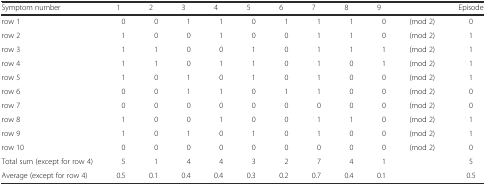
<table><thead><tr><td><b>Symptom number</b></td><td><b>1</b></td><td><b>2</b></td><td><b>3</b></td><td><b>4</b></td><td><b>5</b></td><td><b>6</b></td><td><b>7</b></td><td><b>8</b></td><td><b>9</b></td><td></td><td><b>Episode</b></td></tr></thead><tbody><tr><td>row 1</td><td>0</td><td>0</td><td>1</td><td>1</td><td>0</td><td>1</td><td>1</td><td>1</td><td>0</td><td>(mod 2)</td><td>0</td></tr><tr><td>row 2</td><td>1</td><td>0</td><td>0</td><td>1</td><td>0</td><td>0</td><td>1</td><td>1</td><td>0</td><td>(mod 2)</td><td>1</td></tr><tr><td>row 3</td><td>1</td><td>1</td><td>0</td><td>0</td><td>1</td><td>0</td><td>1</td><td>1</td><td>1</td><td>(mod 2)</td><td>1</td></tr><tr><td>row 4</td><td>1</td><td>1</td><td>0</td><td>1</td><td>1</td><td>0</td><td>1</td><td>0</td><td>1</td><td>(mod 2)</td><td>1</td></tr><tr><td>row 5</td><td>1</td><td>0</td><td>1</td><td>0</td><td>1</td><td>0</td><td>1</td><td>0</td><td>0</td><td>(mod 2)</td><td>1</td></tr><tr><td>row 6</td><td>0</td><td>0</td><td>1</td><td>1</td><td>0</td><td>1</td><td>1</td><td>0</td><td>0</td><td>(mod 2)</td><td>0</td></tr><tr><td>row 7</td><td>0</td><td>0</td><td>0</td><td>0</td><td>0</td><td>0</td><td>0</td><td>0</td><td>0</td><td>(mod 2)</td><td>0</td></tr><tr><td>row 8</td><td>1</td><td>0</td><td>0</td><td>1</td><td>0</td><td>0</td><td>1</td><td>1</td><td>0</td><td>(mod 2)</td><td>1</td></tr><tr><td>row 9</td><td>1</td><td>0</td><td>1</td><td>0</td><td>1</td><td>0</td><td>1</td><td>0</td><td>0</td><td>(mod 2)</td><td>1</td></tr><tr><td>row 10</td><td>0</td><td>0</td><td>0</td><td>0</td><td>0</td><td>0</td><td>0</td><td>0</td><td>0</td><td>(mod 2)</td><td>0</td></tr><tr><td>Total sum (except for row 4)</td><td>5</td><td>1</td><td>4</td><td>4</td><td>3</td><td>2</td><td>7</td><td>4</td><td>1</td><td></td><td>5</td></tr><tr><td>Average (except for row 4)</td><td>0.5</td><td>0.1</td><td>0.4</td><td>0.4</td><td>0.3</td><td>0.2</td><td>0.7</td><td>0.4</td><td>0.1</td><td></td><td>0.5</td></tr></tbody></table>